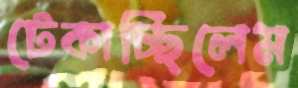
টেকাচ্ছিলেম